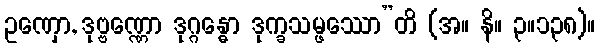
ဥဏှော, ဒုဗ္ဗဏ္ဏော ဒုဂ္ဂန္ဓော ဒုက္ခသမ္ဖဿော”တိ (အ။ နိ။ ၃။၁၃၈)။